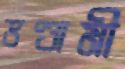
ভণ্ডামী